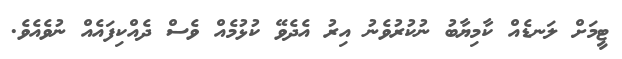
ޓީމަށް ލަނޑެއް ކާމިޔާބު ނުކުރުވެނު އިރު އެދެވޭ ކުޅުމެއް ވެސް ދެއްކިފައެއް ނުވެއެވެ.